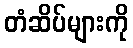
တံဆိပ်များကို